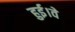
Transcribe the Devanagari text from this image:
हुई।वे